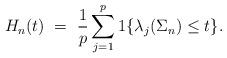
LaTeX: \begin{align*} H_n(t) \ = \ \frac{1}{p}\displaystyle\sum_{j=1}^p 1\{\lambda_j(\Sigma_n)\leq t\}.\end{align*}